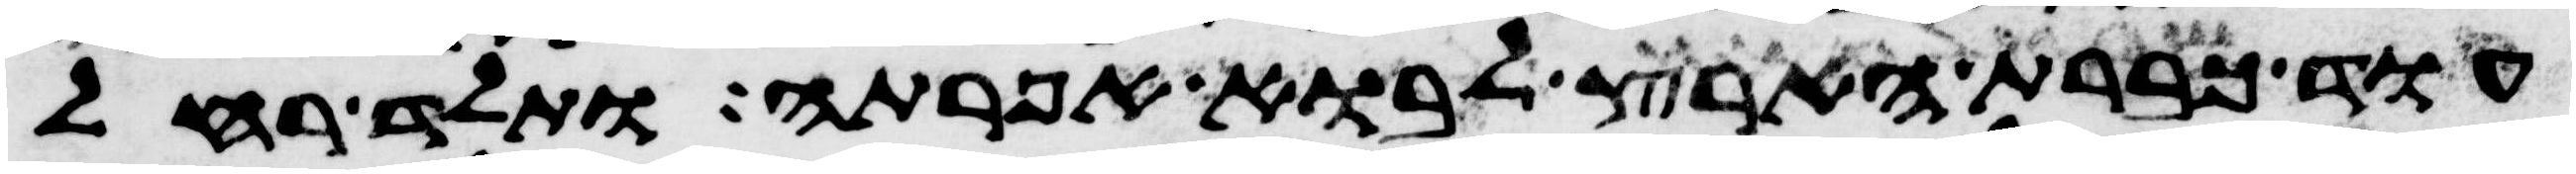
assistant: עוד כברת הארץ לבוא אפרתה ותלד רחל